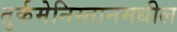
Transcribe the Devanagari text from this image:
तुर्कमेनिस्तानमधील